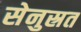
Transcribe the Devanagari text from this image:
सेनुस्रत